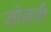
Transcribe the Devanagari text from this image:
जो़ड़ती